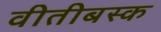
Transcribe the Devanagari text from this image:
वीतीबस्क